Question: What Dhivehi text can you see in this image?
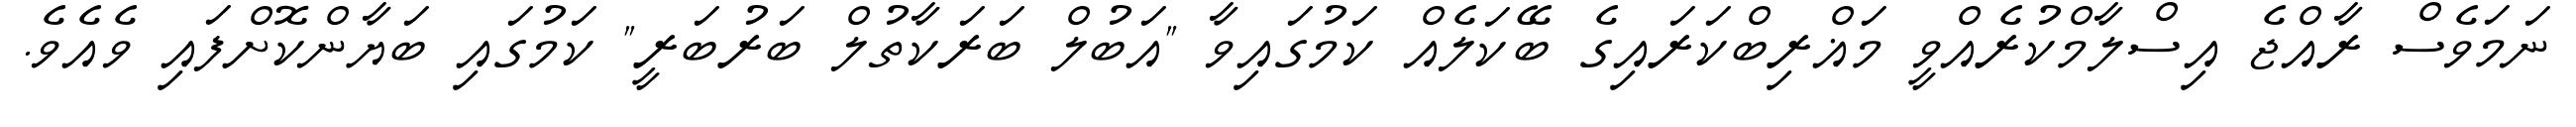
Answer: ނަމަވެސް ރާއްޖެ އިސްލާމްކުރެއްވީ މަޣްރިބްކަރައިގެ ބޭކަލެއް ކަމުގައިވާ "އަބުލް ބަރަކާތުލް ބަރުބަރީ" ކަމުގައި ބަޔާންކޮށްފައި ވެއެވެ.